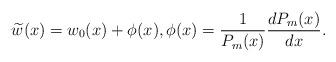
LaTeX: \begin{align*} \widetilde{w}(x) = w_0(x) + \phi(x),\phi(x) = \frac{1}{P_m(x)}\frac{d P_m(x)}{dx}.\end{align*}